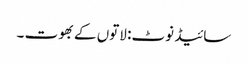
سائیڈ نوٹ: لاتوں کے بھوت ۔